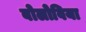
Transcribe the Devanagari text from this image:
बोलोविया